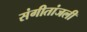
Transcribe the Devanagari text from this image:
संगीतांजली